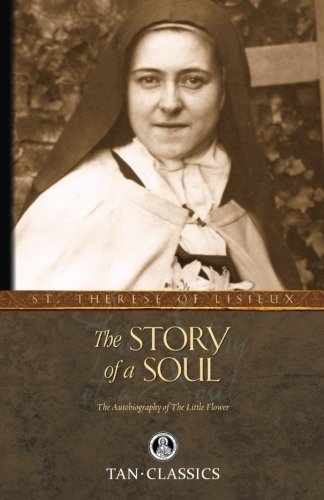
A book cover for The Story of a Soul: The Autobiography of St. Therese of Lisieux (Tan Classics); St. Therese of Lisieux; Biographies & Memoirs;